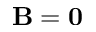
\mathbf B = \mathbf 0